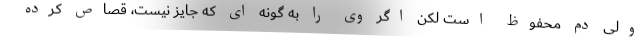
ولی دم محفوظ است لکن اگر وی را به گونه ای که جایز نیست، قصاص کرده